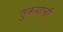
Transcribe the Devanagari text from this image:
तुकयाची